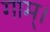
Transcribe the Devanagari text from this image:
गाम्।